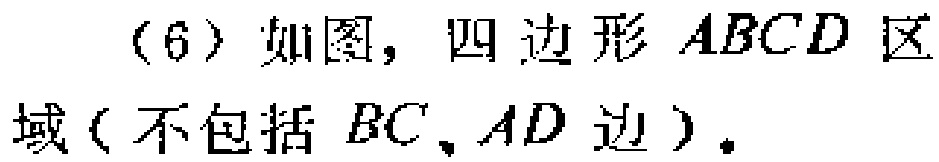
(6) 如图，四边形 \(ABCD\) 区域（不包括 \(BC\)、\(AD\) 边）。